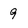
Character: 9